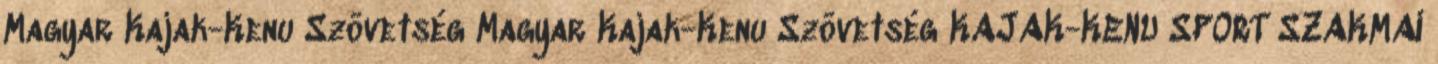
Magyar Kajak-Kenu Szövetség Magyar Kajak-Kenu Szövetség KAJAK-KENU SPORT SZAKMAI